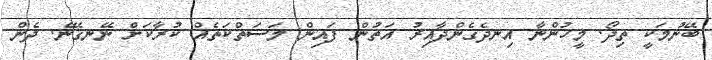
ބޭނުމަކީ ތިދޯ. މީހުންނާ އިނދެގެންދާއިރު އަތުން ފައިން މަސަތްކަތެއް ކުރާކަށް ނޭނގޭނެ. ދެން